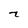
Character: X